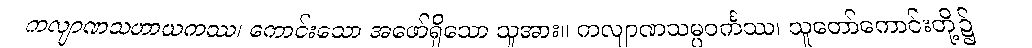
ကလျာဏသဟာယကဿ၊ ကောင်းသော အဖော်ရှိသော သူအား။ ကလျာဏသမ္ပဝင်္ကဿ၊ သူတော်ကောင်းတို့၌